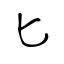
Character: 匕